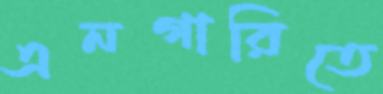
এনগারিতে